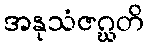
အနုသံဇဂ္ဃတိ